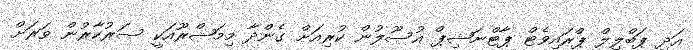
އަދި ޕަބްލިލް ޕްރައިވެޓް ޕާޓްނަޝިޕް އުސޫލުން ކުރިއަށް ގެންދާ މިމަޝްރޫއަކީ ސަރުކާރުން ވަރަށް